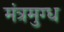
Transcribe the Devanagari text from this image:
मंत्रमुग्‍ध